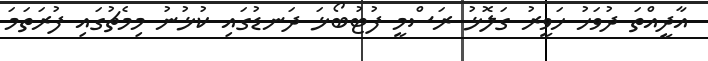
އާދީއްތަ ދުވަހު ހަވީރު ގަލޮޅު ރަސްމީ ފުޓުބޯޅަ ދަނޑުގައި ކުޅުނު މިމެޗުގައި ފުރަތަމަ